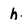
Character: h